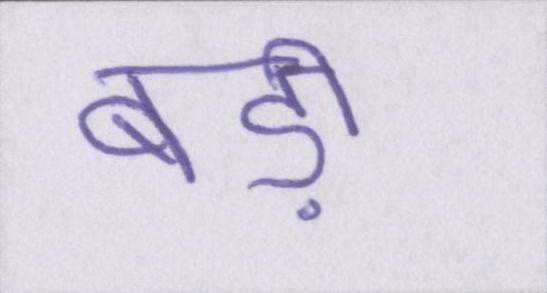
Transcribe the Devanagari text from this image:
बड़ी